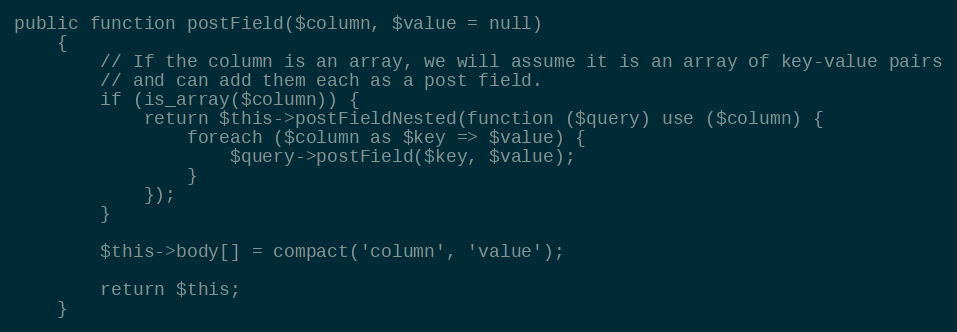
Language: PHP
public function postField($column, $value = null)
    {
        // If the column is an array, we will assume it is an array of key-value pairs
        // and can add them each as a post field.
        if (is_array($column)) {
            return $this->postFieldNested(function ($query) use ($column) {
                foreach ($column as $key => $value) {
                    $query->postField($key, $value);
                }
            });
        }

        $this->body[] = compact('column', 'value');

        return $this;
    }